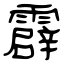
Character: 霹